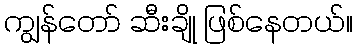
ကျွန်တော် ဆီးချို ဖြစ်နေတယ်။